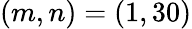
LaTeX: (m,n)=(1,30)